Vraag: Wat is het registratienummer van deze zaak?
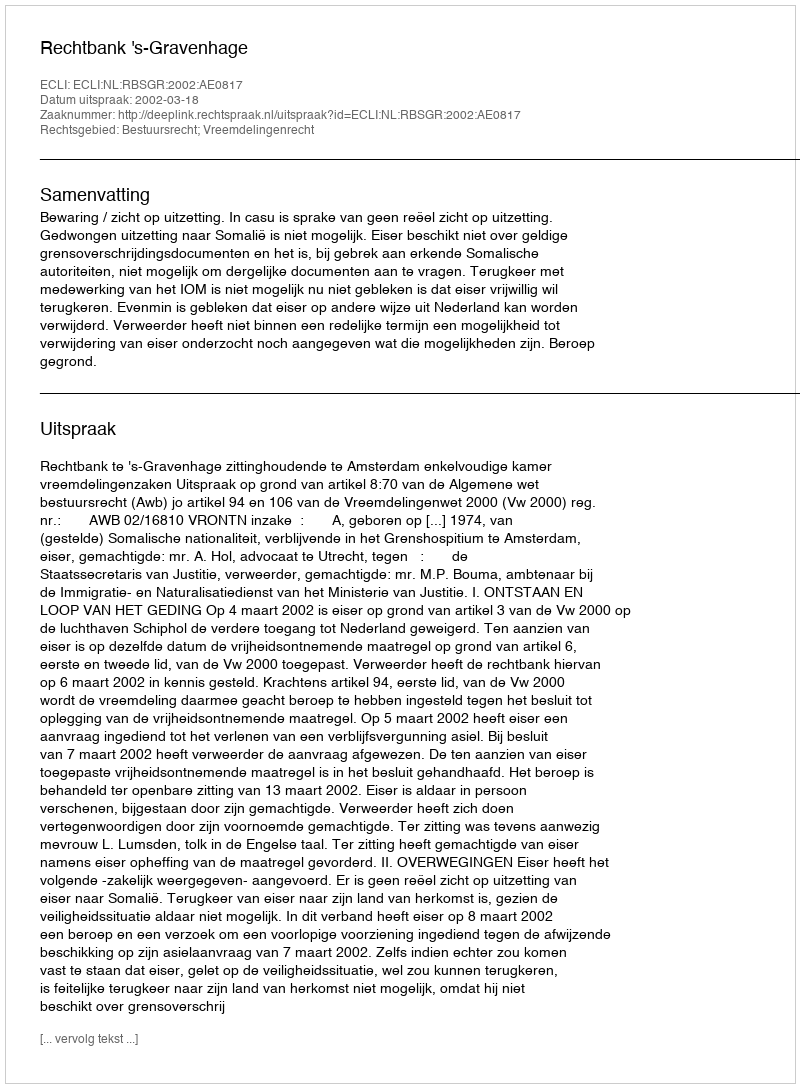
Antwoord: http://deeplink.rechtspraak.nl/uitspraak?id=ECLI:NL:RBSGR:2002:AE0817